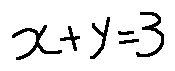
x + y = 3